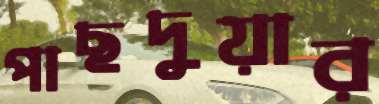
পাছদুয়ার